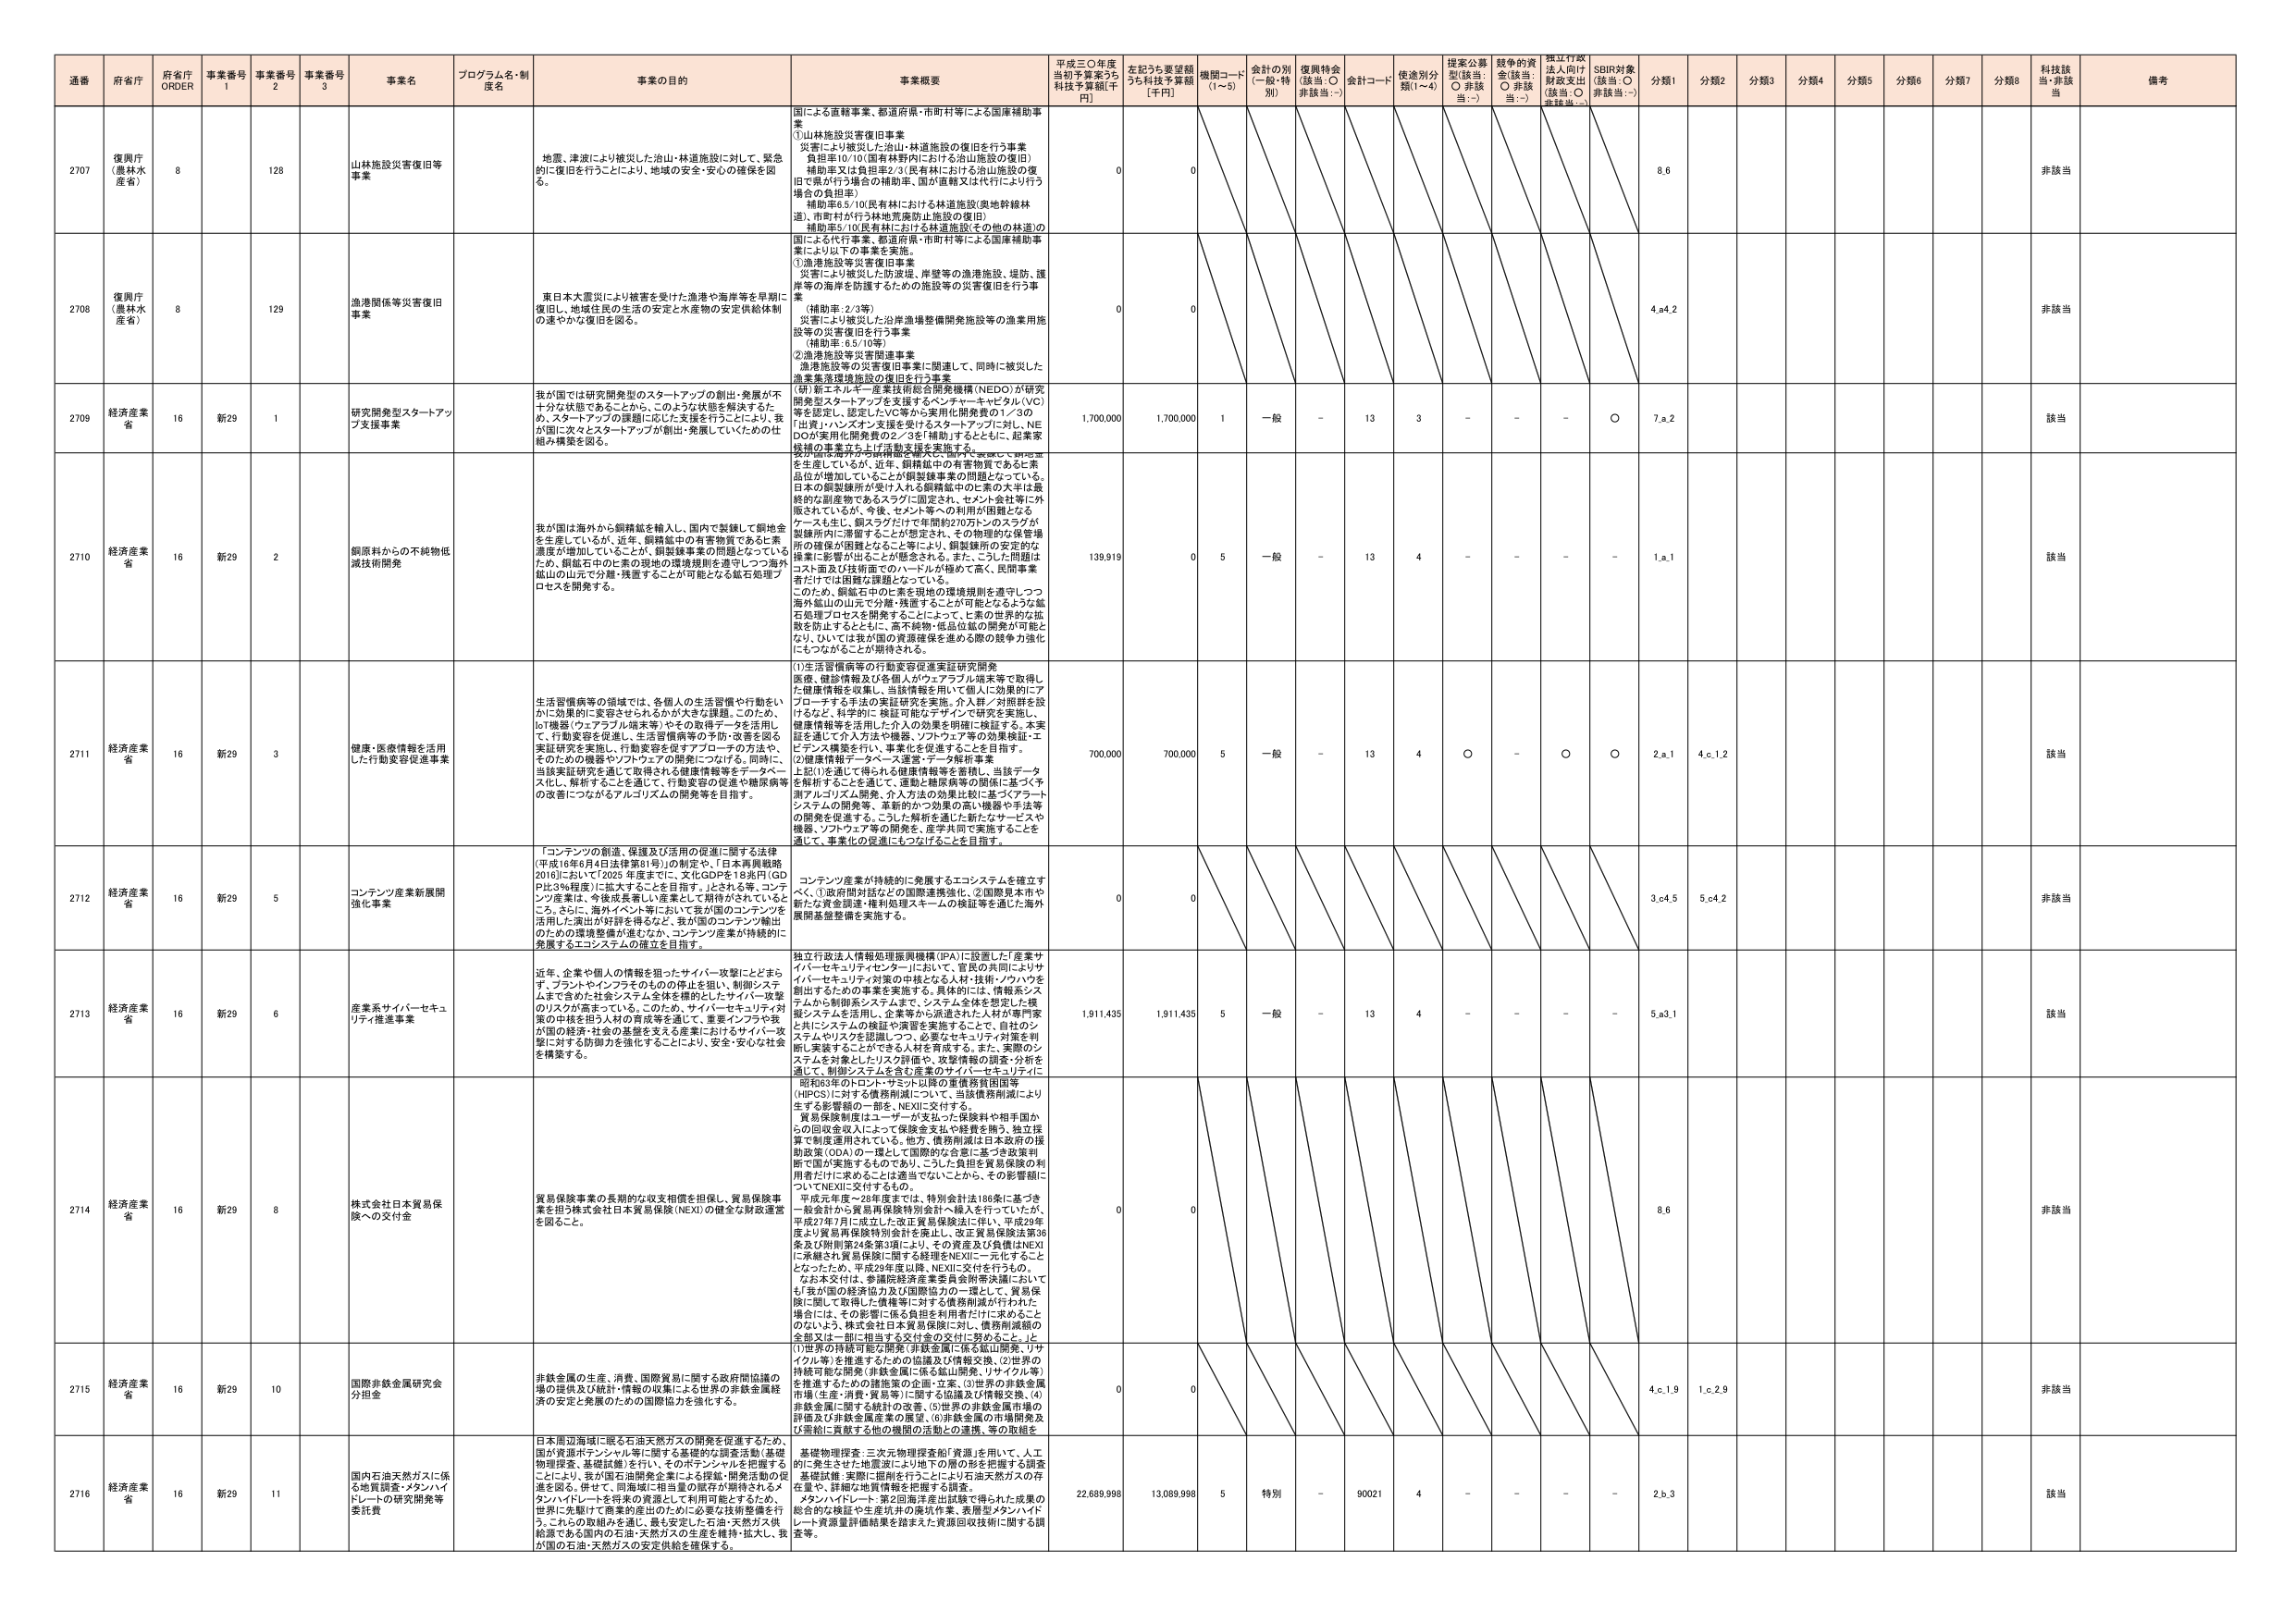
通番 府省庁 府省庁 ORDER 事業番号 1 事業番号 2 事業番号 3 事業名 プログラム名・制度名 事業の目的 事業概要 平成三〇年度当初予算案うち 科技予算額[千円] 左記うち要望額うち科技予算額 [千円] 機関コード (1~5) 会計の別 (一般・特別) 復興特会 (該当:○ 非該当:－) 会計コード 使途別分類(1~4) 提案公募型(該当:○ 非該当:－) 競争的資金(該当:○ 非該当:－) 採択行政法上向け財政支出(該当:○ 非該当:－) SBIR対象(該当:○ 非該当:－) 分類1 分類2 分類3 分類4 分類5 分類6 分類7 分類8 科技該当・非該当 備考

2707 復興庁 (農林水産省) 8 128 山林施設災害復旧等事業 地震、津波により被災した治山・林道施設に対して、緊急的に復旧を行うことにより、地域の安全・安心の確保を図る。 国による直轄事業、都道府県・市町村等による国庫補助事業 ①山林施設災害復旧事業 災害により被災した治山・林道施設の復旧を行う事業 補助率10/10(国有林野内における治山施設の復旧) 補助率又は負担率2/3(民有林における治山施設の復旧で県が行う場合の補助率、国が直轄又は代行により行う場合の負担率) 補助率5/10(民有林における林道施設(奥地幹線林道)、市町村が行う林地荒廃防止施設の復旧) 補助率5/10(民有林における林道施設(その他の林道)の復旧) 0 0 8,6 非該当

2708 復興庁 (農林水産省) 8 129 漁港関係等災害復旧事業 東日本大震災により被害を受けた漁港や海岸等を早期に復旧し、地域住民の生活の安定と水産物の安定供給体制の速やかな復旧を図る。 国による代行事業、都道府県・市町村等による国庫補助事業により以下の事業を実施。 ①漁港施設等災害復旧事業 災害により被災した防波堤、岸壁等の漁港施設、堤防、護岸等の海岸を防護するための施設等の災害復旧を行う事業 (補助率:2/3等) 災害により被災した沿岸漁場整備開発施設等の漁業用施設等の災害復旧を行う事業 (補助率:6.5/10等) ②漁港施設等災害関連事業 漁港施設等の災害復旧事業に関連して、同時に被災した漁業集落環境施設の復旧を行う事業 0 0 4,a4.2 非該当

2709 経済産業省 16 新29 1 研究開発型スタートアップ支援事業 我が国では研究開発型のスタートアップの創出・発展が不十分な状態であることから、このような状態を解決するため、スタートアップの課題に応じた支援を行うことにより、我が国に次々とスタートアップが創出・発展していくための仕組み構築を図る。 (新)新エネルギー・産業技術総合開発機構(NEDO)が研究開発型スタートアップを支援するベンチャーキャピタル(VC)等を認定し、認定VC等から実用化開発費の1/3の「出資」ハンズオン支援を受けるスタートアップに対し、NEDOが実用化開発費の2/3を「補助」するとともに、起業家候補の事業立ち上げ活動支援を実施する。 1,700,000 1,700,000 1 一般 - 13 3 - - - ○ 7,a.2 該当

2710 経済産業省 16 新29 2 銅原料からの不純物低減技術開発 我が国は海外から銅精鉱を輸入し、国内で製錬して銅地金を生産しているが、近年、銅精鉱中の有害物質であるヒ素濃度が増加していることが、銅製錬事業の問題となっているため、銅鉱石中のヒ素の現地の環境規則を遵守しつつ海外鉱山の山元で分離・残置することが可能な鉱石処理プロセスを開発する。 我が国は海外から銅精鉱を輸入し、国内で製錬して銅地金を生産しているが、近年、銅精鉱中の有害物質であるヒ素品位が増加していることが銅製錬事業の問題となっている。日本の銅製錬所が受け入れる銅精鉱中のヒ素の大部分は最終的な副産物であるスラグに固定され、セメント会社等に外販されているが、今後、セメント等への利用が困難となるケースも生じ、銅スラグだけで年間約270万トンのスラグが製錬所内に滞留することが想定され、その物理的な保管場所の確保が困難となることにより、銅製錬所の安定的な操業に影響が出ることが懸念される。また、こうした問題はコスト面及び技術面でのハードルが極めて高く、民間事業者だけでは困難な課題となっている。このため、銅鉱石中のヒ素を現地の環境規則を遵守しつつ海外鉱山の山元で分離・残置することが可能となるような鉱石処理プロセスを開発することによって、ヒ素の世界的な拡散を防止するとともに、高不純物・低品位鉱の開発が可能となり、ひいては我が国の資源確保を進める際の競争力強化にもつながることが期待される。 139,919 0 5 一般 - 13 4 - - - - 1,a.1 該当

2711 経済産業省 16 新29 3 健康・医療情報を活用した行動変容促進事業 生活習慣病等の領域では、各個人の生活習慣や行動をいかに効果的に変容させられるかが大きな課題。このため、IoT機器(ウェアブル端末等)やその取得データを活用して、行動変容を促進し、生活習慣病等の予防・改善を図る実証研究を実施し、行動変容を促すアプローチの方法や、そのための機器やソフトウェアの開発につなげる。同時に、当該実証研究を通じて取得される健康情報等をデータベース化し、解析することを通じて、行動変容の促進や糖尿病等の改善につながるアルゴリズムの開発等を目指す。 (1)生活習慣病等の行動変容促進実証研究開発 医療、健診情報及び各種人がウェアブル端末等で取得した健康情報を収集し、当該情報を用いて個人に効果的にアプローチする手法の実証研究を実施。介入群・対照群を設けるなど、科学的に検証可能なデザインで研究を実施し、健康情報を活用した介入の効果を明確に検証する。本実証を通して介入方法や機器、ソフトウェア等の効果検証・エビデンス構築を行い、事業化を促進することを目的とする。 (2)健康情報データベース運営・データ解析事業 上記(1)を通じて得られる健康情報等を蓄積し、当該データを解析することを通じて、運動と糖尿病等の関係に基づく予測アルゴリズム開発、介入方法の効果比較に基づくプラットフォームの開発等、革新的かつ効果の高い機器や手法等の開発を促進する。こうした解析を通した新たなサービスや機器、ソフトウェア等の開発を、産学共同で実施することを通じて、事業化の促進にもつなげることを目指す。 700,000 700,000 5 一般 - 13 4 ○ - ○ ○ 2,a.1 4,c.1.2 該当

2712 経済産業省 16 新29 5 コンテンツ産業新展開強化事業 「コンテンツの創造、保護及び活用の促進に関する法律(平成16年6月4日法律第81号)」の制定や、「日本再興戦略2016」において「2025 年度までに、文化GDPを18兆円(GDP比3%程度)に拡大することを目指す。」とされる等、コンテンツ産業は、今後成長著しい産業として期待されていることから、さらに、海外イベント等において我が国のコンテンツを活用した演出が好評を得るなど、我が国のコンテンツ輸出のための環境整備が進むなか、コンテンツ産業が持続的に発展するエコシステムの確立を目指す。 コンテンツ産業が持続的に発展するエコシステムを確立すべく、①政府間対話などの国際連携強化、②国際見本市や新たな資金調達・権利処理スキームの検証等を通じた海外展開基盤整備を実施する。 0 0 3,c4.5 5,c4.2 非該当

2713 経済産業省 16 新29 6 産業系サイバーセキュリティ推進事業 近年、企業や個人の情報を狙ったサイバー攻撃にとどまらず、プラットフォームそのものの停止を狙い、制御システムまで含めた社会システム全体を標的としたサイバー攻撃のリスクが高まっている。このため、サイバーセキュリティ対策の中枢を担う人材の育成等を通じて、重要インフラや我が国の経済・社会の基盤を支える産業におけるサイバー攻撃に対する防御力を強化することにより、安全・安心な社会を構築する。 独立行政法人情報処理推進機構(IPA)に設置した「産業サイバーセキュリティセンター」において、官民の共同によりサイバーセキュリティ対策の中枢となる人材・技術・ノウハウを創出するための事業を実施する。具体的には、情報系システムから制御系システムまで、システム全体を想定した複雑システムを活用し、企業等から派遣された人材が専門家と共にシステムの検証や演習を実施することで、自社のシステムやリスクを認識しつつ、必要なセキュリティ対策を判断し実装することができる人材を育成する。また、実際のシステムを対象としたリスク評価や、攻撃情報の調査・分析を通じて、制御システムを含む産業のサイバーセキュリティに 1,911,435 1,911,435 5 一般 - 13 4 - - - - 5,a3.1 該当

2714 経済産業省 16 新29 8 株式会社日本貿易保険への交付金 貿易保険事業の長期的な収支相償を担保し、貿易保険事業を担う株式会社日本貿易保険(NEXI)の健全な財政運営を図ること。 昭和63年のトロント・サミット以降の重債務貧困国等(HIPC)に対する債務削減について、当該債務削減により生ずる影響額の一部を、NEXIに交付する。 貿易保険制度はユーザーが支払った保険料や相手国からの回収金収入によって保険金支払や経費を賄う、独立採算で制度運用されている。他方、債務削減は日本政府の援助政策(ODA)の一環として国際的な合意に基づき政策判断で国が実施するものであり、こうした負担を貿易保険の利用者だけに求めることは適当でないことから、その影響額についてNEXIに交付するもの。 平成元年度～28年度までは、特別会計法186条に基づき一般会計から貿易再保険特別会計へ繰入を行っていたが、平成27年7月に成立した改正貿易保険法に伴い、平成29年度より貿易再保険特別会計を廃止し、改正貿易保険法第36条及び附則第24条第3項により、その資金及び負債はNEXIに承継され貿易保険に関する経理をNEXIに一元化することとなったため、平成29年度以降、NEXIに交付を行うもの。 なお本交付は、参議院経済産業委員会附帯決議においても「我が国の経済協力及び国際協力の一環として、貿易保険に関して取得した債権等に対する債務削減が行われた場合には、その影響に係る負担を利用者だけに求めることのないよう、株式会社日本貿易保険に対し、債務削減額の全部又は一部に相当する交付金の交付に努めるべき。」と 0 0 8,6 非該当

2715 経済産業省 16 新29 10 国際非鉄金属研究会分担金 非鉄金属の生産、消費、国際貿易に関する政府間協議の場の提供及び統計・情報の収集による世界の非鉄金属経済の安定と発展のための国際協力を強化する。 (1)世界の持続可能な開発(非鉄金属に係る鉱山開発、リサイクル等)を推進するための協議及び情報交換、(2)世界の持続可能な開発(非鉄金属に係る鉱山開発、リサイクル等)を推進するための諸施策の企画・立案、(3)世界の非鉄金属市場(生産・消費・貿易等)に関する協議及び情報交換、(4)非鉄金属に関する統計の改善、(5)世界の非鉄金属市場の評価及び非鉄金属産業の展望、(6)非鉄金属の市場開発及び需給に貢献する他の機関の活動との連携、等の取組を 0 0 4,c.1.9 1,c.2.9 非該当

2716 経済産業省 16 新29 11 国内石油天然ガスに係る地質調査・タケハイドレートの研究開発等委託費 日本周辺海域に眠る石油天然ガスの開発を促進するため、国が資源ポテンシャル等に関する基礎的な調査活動(基礎物理探査、基礎試鑿)を行い、そのポテンシャルを把握することにより、我が国が油開発企業による探鉱・開発活動の促進を図る。併せて、同海域に相当量の貯存が期待される「タケハイドレートを将来の資源として利用可能とするため、世界に先駆けて商業的産出のために必要な技術整備を行う。これらの取組みを通じ、最も安定した石油・天然ガス供給源である国内の石油・天然ガスの生産を維持・拡大し、我が国の石油・天然ガスの安定供給を確保する。 基礎物理探査:三次元物理探査船「資源」を用いて、人工的に発生させた地震波により地下の層の形を把握する調査 基礎試鑿:実際に関所を行うことにより石油天然ガスの存在量や、詳細な地質情報を把握する調査。 メタンハイドレート:第2回海洋産出試験で得られた成果の総合的な検証や生産坑井の廃坑作業、表層型メタンハイドレート資源量評価結果を踏まえた資源回収技術に関する調査等。 22,689,998 13,089,998 5 特別 - 90021 4 - - - - 2,b.3 該当